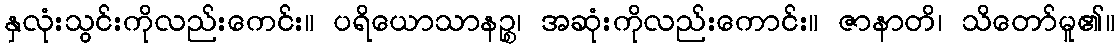
နှလုံးသွင်းကိုလည်းကေင်း။ ပရိယောသာနဉ္စ၊ အဆုံးကိုလည်းကောင်း။ ဇာနာတိ၊ သိတော်မူ၏။